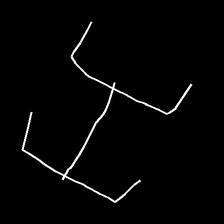
Glyph: entwine